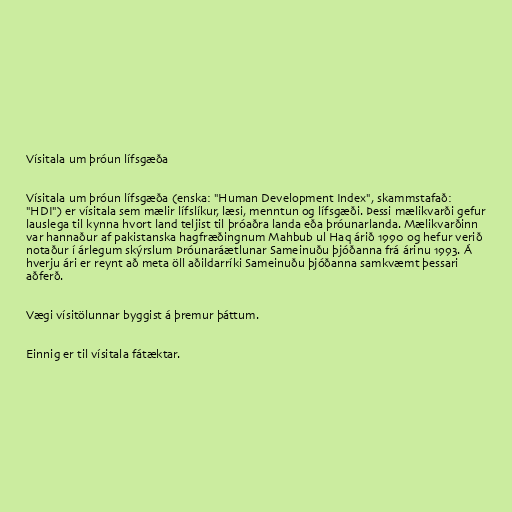
Vísitala um þróun lífsgæða

Vísitala um þróun lífsgæða (enska: "Human Development Index", skammstafað:
"HDI") er vísitala sem mælir lífslíkur, læsi, menntun og lífsgæði. Þessi mælikvarði gefur
lauslega til kynna hvort land teljist til þróaðra landa eða þróunarlanda. Mælikvarðinn
var hannaður af pakistanska hagfræðingnum Mahbub ul Haq árið 1990 og hefur verið
notaður í árlegum skýrslum Þróunaráætlunar Sameinuðu þjóðanna frá árinu 1993. Á
hverju ári er reynt að meta öll aðildarríki Sameinuðu þjóðanna samkvæmt þessari
aðferð.

Vægi vísitölunnar byggist á þremur þáttum.

Einnig er til vísitala fátæktar.